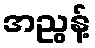
အညွန့်